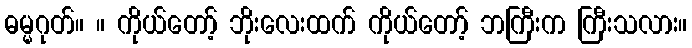
ဓမ္မဂုတ်။ ။ ကိုယ်တော့် ဘိုးလေးထက် ကိုယ်တော့် ဘကြီးက ကြီးသလား။